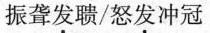
振聋发聩/怒发冲冠